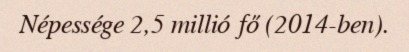
Népessége 2,5 millió fő (2014-ben).